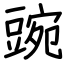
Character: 豌